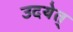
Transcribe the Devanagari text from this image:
उदयेत्‌